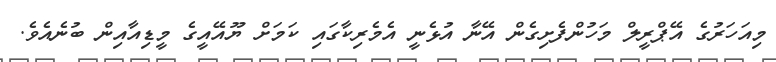
މިއަހަރުގެ އޭޕްރީލް މަހުންފެށިގެން އޭނާ އުޅެނީ އެމެރިކާގައި ކަމަށް ޔޫއޭއީގެ މީޑިއާއިން ބުނެއެވެ.